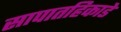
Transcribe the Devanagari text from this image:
सापातहिकाडे